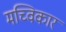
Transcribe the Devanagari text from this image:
मच्विकार